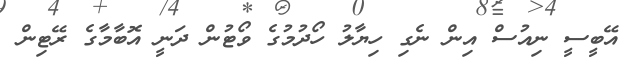
އޭބީސީ ނިއުސް އިން ނެގި ހިޔާލު ހޯދުމުގެ ވޯޓުން ދަނީ އޮބާމާގެ ރޭޓިން